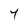
Character: 7